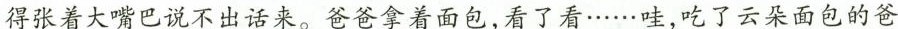
得张着大嘴巴说不出话来。爸爸拿着面包，看了看······哇，吃了云朵面包的爸